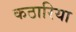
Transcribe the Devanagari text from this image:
कठारिया